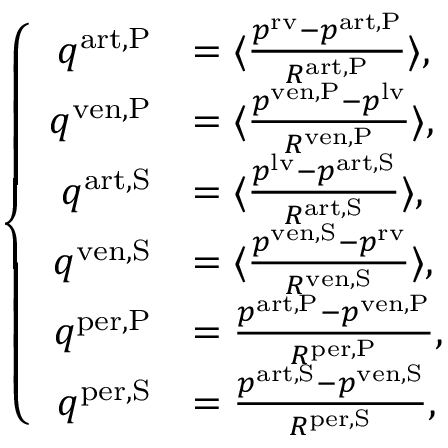
\left\{ \begin{array} { r l } { q ^ { \mathrm { a r t , P } } } & { = \langle \frac { p ^ { \mathrm { r v } } - p ^ { \mathrm { a r t , P } } } { R ^ { \mathrm { a r t , P } } } \rangle , } \\ { q ^ { \mathrm { v e n , P } } } & { = \langle \frac { p ^ { \mathrm { v e n , P } } - p ^ { \mathrm { l v } } } { R ^ { \mathrm { v e n , P } } } \rangle , } \\ { q ^ { \mathrm { a r t , S } } } & { = \langle \frac { p ^ { \mathrm { l v } } - p ^ { \mathrm { a r t , S } } } { R ^ { \mathrm { a r t , S } } } \rangle , } \\ { q ^ { \mathrm { v e n , S } } } & { = \langle \frac { p ^ { \mathrm { v e n , S } } - p ^ { \mathrm { r v } } } { R ^ { \mathrm { v e n , S } } } \rangle , } \\ { q ^ { \mathrm { p e r , P } } } & { = \frac { p ^ { \mathrm { a r t , P } } - p ^ { \mathrm { v e n , P } } } { R ^ { \mathrm { p e r , P } } } , } \\ { q ^ { \mathrm { p e r , S } } } & { = \frac { p ^ { \mathrm { a r t , S } } - p ^ { \mathrm { v e n , S } } } { R ^ { \mathrm { p e r , S } } } , } \end{array} \right.